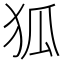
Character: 狐